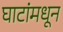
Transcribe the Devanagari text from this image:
घाटांमधून